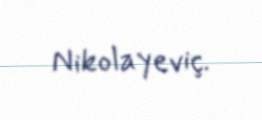
Nikolayeviç.